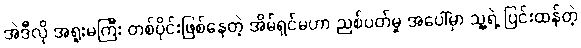
အဲဒီလို အရူးမကြီး တစ်ပိုင်းဖြစ်နေတဲ့ အိမ်ရှင်မဟာ ညစ်ပတ်မှု အပေါ်မှာ သူ့ရဲ့ ပြင်းထန်တဲ့